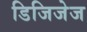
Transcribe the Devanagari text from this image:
डिजिजेज